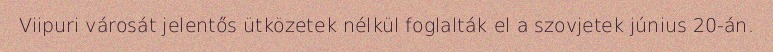
Viipuri városát jelentős ütközetek nélkül foglalták el a szovjetek június 20-án.